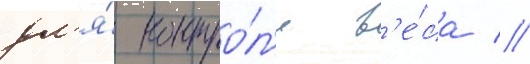
дл'я́ контро́л'я в'е́са //